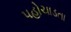
પહોચાડતા